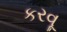
કરવૂ